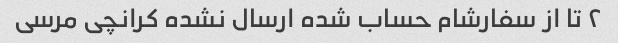
۲ تا از سفارشام حساب شده ارسال نشده کرانچی مرسی